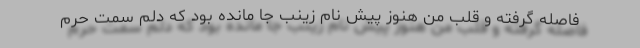
فاصله گرفته و قلب من هنوز پیش نام زینب جا مانده بود که دلم سمت حرم